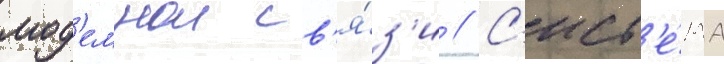
мод'емнои св'я́з'и // С'ист'е́ма